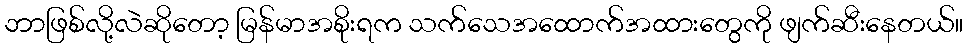
ဘာဖြစ်လို့လဲဆိုတော့ မြန်မာအစိုးရက သက်သေအထောက်အထားတွေကို ဖျက်ဆီးနေတယ်။